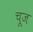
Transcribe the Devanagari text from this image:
चूज